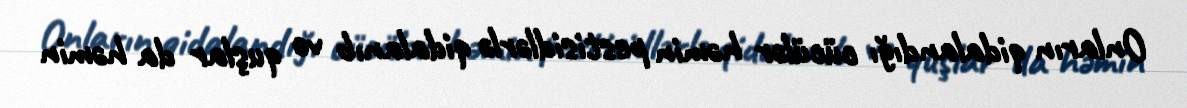
Onların qidalandığı cücülər həmin pestisidlərlə qidalanıb və quşlar da həmin